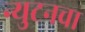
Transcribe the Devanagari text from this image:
न्युटनचा